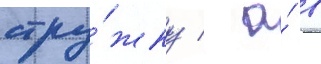
стру́жку / а́ в